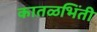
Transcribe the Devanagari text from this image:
कातळभिंती